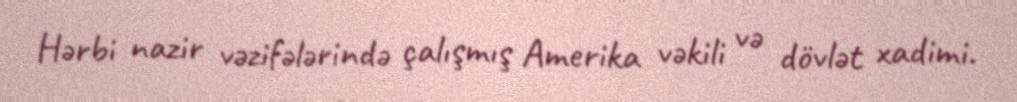
Hərbi nazir vəzifələrində çalışmış Amerika vəkili və dövlət xadimi.